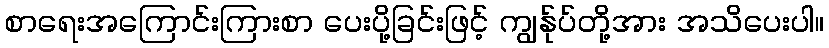
စာရေးအကြောင်းကြားစာ ပေးပို့ခြင်းဖြင့် ကျွန်ုပ်တို့အား အသိပေးပါ။